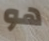
هو